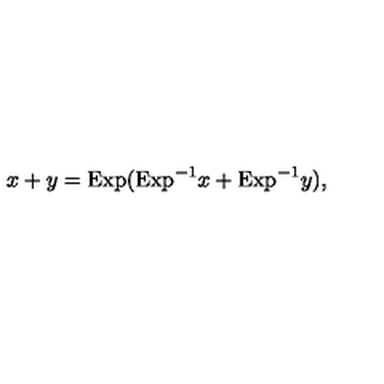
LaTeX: x + y = \mathrm { E x p } ( \mathrm { E x p } ^ { - 1 } x + \mathrm { E x p } ^ { - 1 } y ) ,